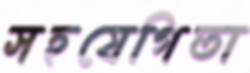
সহযেগিতা